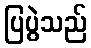
ပြပွဲသည်